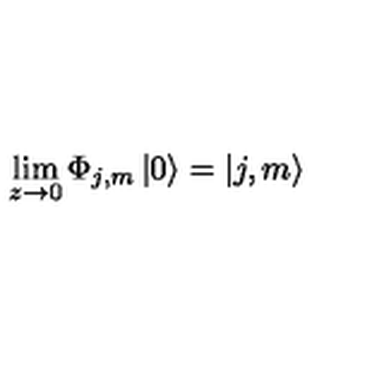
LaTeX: \lim _ { z \rightarrow 0 } \Phi _ { j , m } \left| 0 \right\rangle = \left| j , m \right\rangle